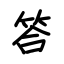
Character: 答